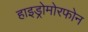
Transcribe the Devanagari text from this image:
हाइड्रोमोरफोन